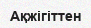
Ақжігіттен